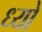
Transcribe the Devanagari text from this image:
ध्यों